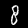
Digit: 8